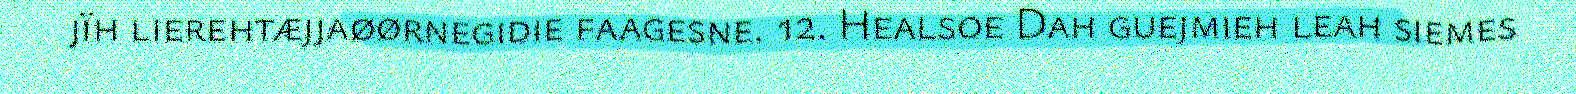
jïh lierehtæjjaøørnegidie faagesne. 12. Healsoe Dah guejmieh leah siemes